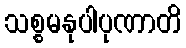
သစ္စမနုပါပုဏာတိ